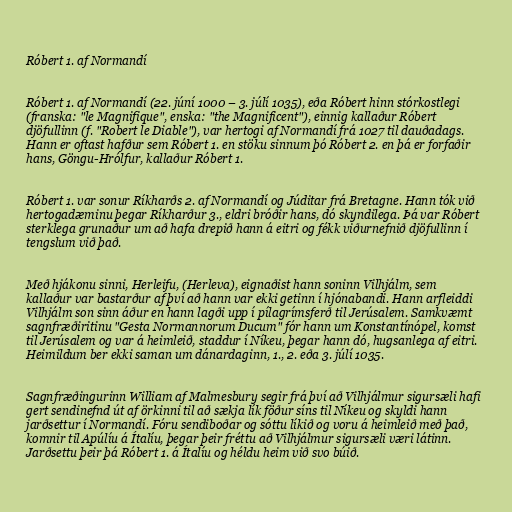
Róbert 1. af Normandí

Róbert 1. af Normandí (22. júní 1000 – 3. júlí 1035), eða Róbert hinn stórkostlegi
(franska: "le Magnifique", enska: "the Magnificent"), einnig kallaður Róbert
djöfullinn (f. "Robert le Diable"), var hertogi af Normandí frá 1027 til dauðadags.
Hann er oftast hafður sem Róbert 1. en stöku sinnum þó Róbert 2. en þá er forfaðir
hans, Göngu-Hrólfur, kallaður Róbert 1.

Róbert 1. var sonur Ríkharðs 2. af Normandí og Júditar frá Bretagne. Hann tók við
hertogadæminu þegar Ríkharður 3., eldri bróðir hans, dó skyndilega. Þá var Róbert
sterklega grunaður um að hafa drepið hann á eitri og fékk viðurnefnið djöfullinn í
tengslum við það.

Með hjákonu sinni, Herleifu, (Herleva), eignaðist hann soninn Vilhjálm, sem
kallaður var bastarður af því að hann var ekki getinn í hjónabandi. Hann arfleiddi
Vilhjálm son sinn áður en hann lagði upp í pílagrímsferð til Jerúsalem. Samkvæmt
sagnfræðiritinu "Gesta Normannorum Ducum" fór hann um Konstantínópel, komst
til Jerúsalem og var á heimleið, staddur í Níkeu, þegar hann dó, hugsanlega af eitri.
Heimildum ber ekki saman um dánardaginn, 1., 2. eða 3. júlí 1035.

Sagnfræðingurinn William af Malmesbury segir frá því að Vilhjálmur sigursæli hafi
gert sendinefnd út af örkinni til að sækja lík föður síns til Níkeu og skyldi hann
jarðsettur í Normandí. Fóru sendiboðar og sóttu líkið og voru á heimleið með það,
komnir til Apúlíu á Ítalíu, þegar þeir fréttu að Vilhjálmur sigursæli væri látinn.
Jarðsettu þeir þá Róbert 1. á Ítalíu og héldu heim við svo búið.